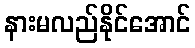
နားမလည်နိုင်အောင်